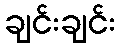
ချင်းချင်း